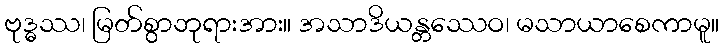
ဗုဒ္ဓဿ၊ မြတ်စွာဘုရားအား။ အသာဒိယန္တဿေဝ၊ မသာယာစေကာမူ။